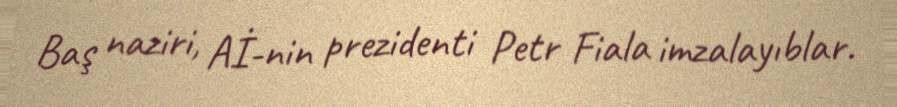
Baş naziri, Aİ-nin prezidenti Petr Fiala imzalayıblar.